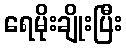
ရေမိုးချိုးပြီး